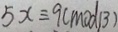
5 x \equiv 9 ( m o d 1 3 )